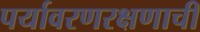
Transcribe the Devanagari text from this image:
पर्यावरणरक्षणाची